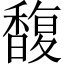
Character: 馥